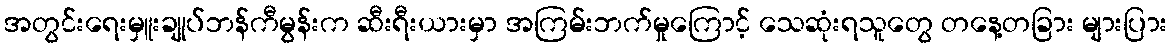
အတွင်းရေးမှူးချုပ်ဘန်ကီမွန်းက ဆီးရီးယားမှာ အကြမ်းဘက်မှုကြောင့် သေဆုံးရသူတွေ တနေ့တခြား များပြား